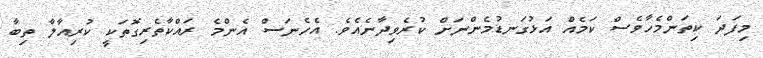
މިފަދަ ކިތަންމެހާވެސް ކަމެއް އަޅުގަނޑުމެންނަށް ކުރެވިދާނެއެވެ. އެހެނަސް އެންމެ ރައްކާތެރިގޮތަކީ ކުރިއާލާ ތިބާ